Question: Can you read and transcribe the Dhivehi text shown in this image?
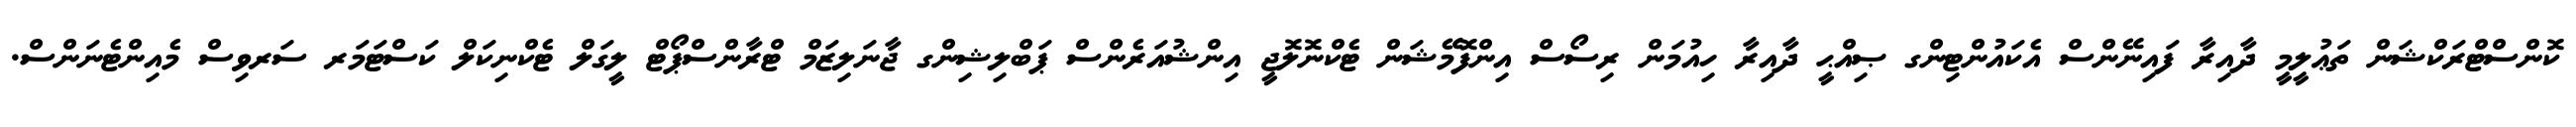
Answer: ކޮންސްޓްރަކްޝަން ތަޢުލީމީ ދާއިރާ ފައިނޭންސް އެކައުންޓިންގ ޞިއްޙީ ދާއިރާ ހިއުމަން ރިސޯސް އިންފޮމޭޝަން ޓެކްނޮލޮޖީ އިންޝުއަރެންސް ޕަބްލިޝިންގ ޖާނަލިޒަމް ޓްރާންސްޕޯޓް ލީގަލް ޓެކްނިކަލް ކަސްޓަމަރ ސަރވިސް މެއިންޓެނަންސް.